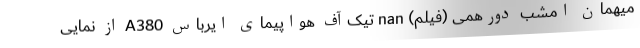
میهمان امشب دورهمى (فیلم) nan تیک‌آف هواپیمای ایرباس A380 از نمایی